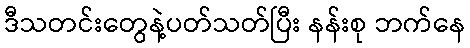
ဒီသတင်းတွေနဲ့ပတ်သတ်ပြီး နန်းစု ဘက်နေ